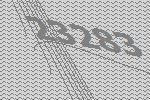
23283